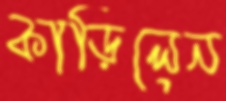
কাড়িলেন